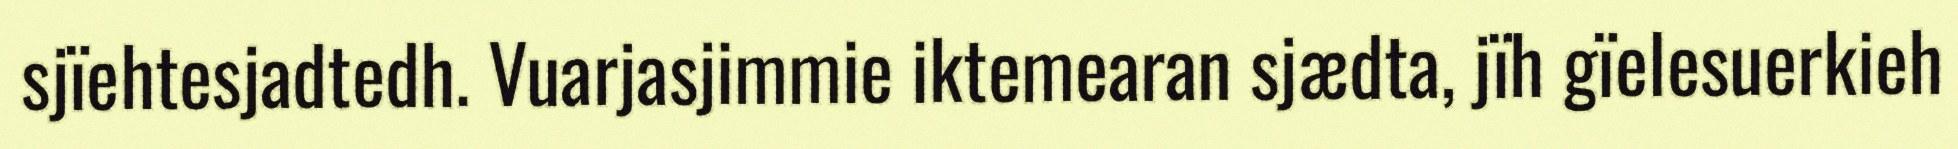
sjïehtesjadtedh. Vuarjasjimmie iktemearan sjædta, jïh gïelesuerkieh